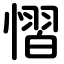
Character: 慴